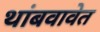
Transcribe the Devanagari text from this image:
थांबवावेत